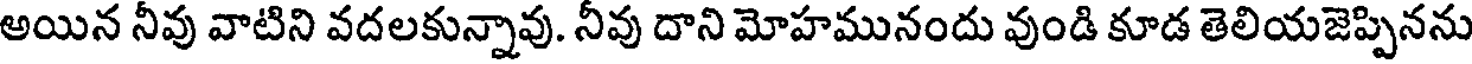
అయిన నీవు వాటిని వదలకున్నావు. నీవు దాని మోహమునందు వుండి కూడ తెలియజెప్పినను